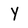
Character: y